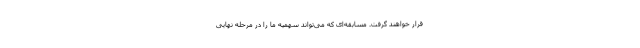
قرار خواهند گرفت. مسابقه‌ای که می‌تواند سهمیه ما را در مرحله نهایی